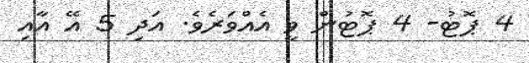
4 ޕޮޓު- 4 ޕޮޓުން ވީ އެއްވަރެވެ. އަދި 5 އޭ އާއި